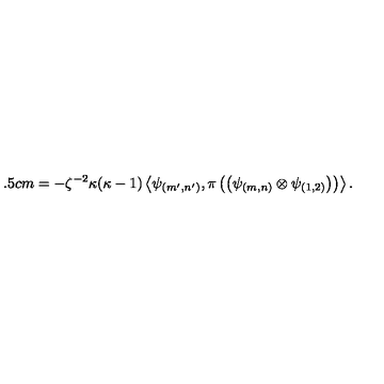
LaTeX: \hspace * { 2 . 5 c m } = - \zeta ^ { - 2 } \kappa ( \kappa - 1 ) \left\langle \psi _ { ( m ^ { \prime } , n ^ { \prime } ) } , \pi \left( \left( \psi _ { ( m , n ) } \otimes \psi _ { ( 1 , 2 ) } \right) \right) \right\rangle .